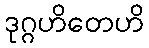
ဒုဂ္ဂဟိတေဟိ